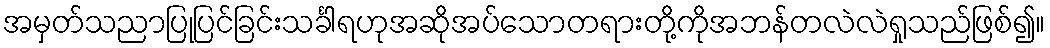
အမှတ်သညာပြုပြင်ခြင်းသင်္ခါရဟုအဆိုအပ်သောတရားတို့ကိုအဘန်တလဲလဲရှုသည်ဖြစ်၍။